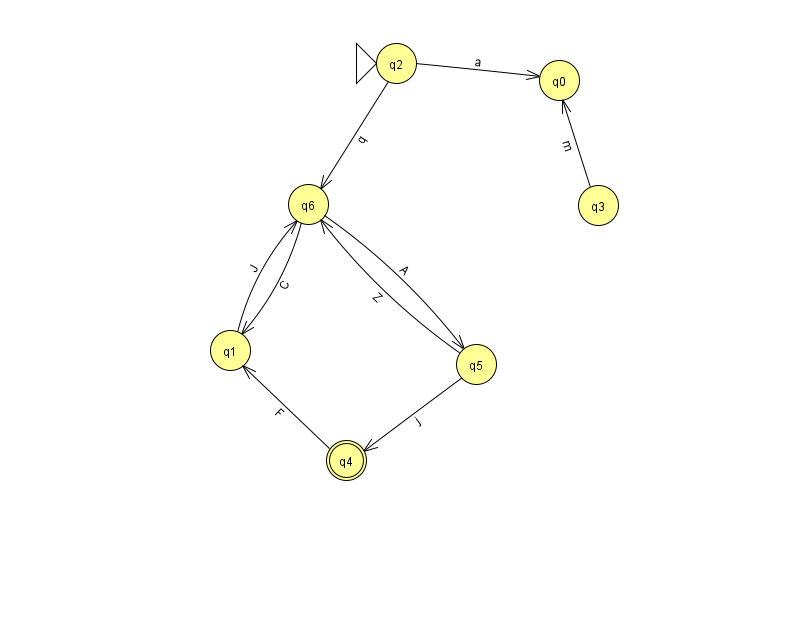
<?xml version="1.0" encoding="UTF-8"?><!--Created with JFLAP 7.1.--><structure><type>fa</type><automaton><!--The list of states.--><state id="0" name="q0"><x>559.0</x><y>67.0</y></state><state id="1" name="q1"><x>230.0</x><y>337.0</y></state><state id="2" name="q2"><x>396.0</x><y>50.0</y><initial/></state><state id="3" name="q3"><x>598.0</x><y>192.0</y></state><state id="4" name="q4"><x>346.0</x><y>447.0</y><final/></state><state id="5" name="q5"><x>476.0</x><y>351.0</y></state><state id="6" name="q6"><x>308.0</x><y>191.0</y></state><!--The list of transitions.--><transition><from>5</from><to>4</to><read>j</read></transition><transition><from>4</from><to>1</to><read>F</read></transition><transition><from>6</from><to>1</to><read>C</read></transition><transition><from>2</from><to>6</to><read>q</read></transition><transition><from>5</from><to>6</to><read>Z</read></transition><transition><from>2</from><to>0</to><read>a</read></transition><transition><from>1</from><to>6</to><read>J</read></transition><transition><from>3</from><to>0</to><read>m</read></transition><transition><from>6</from><to>5</to><read>A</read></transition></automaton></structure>